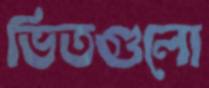
ভিতগুলো